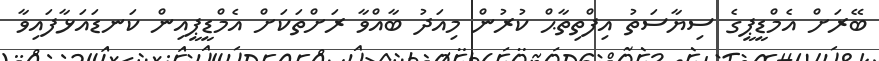
ބޭރަށްް އެމްޑީޕީގެ ސިޔާސަތު އިފްތިތާޙް ކުރުން މިއަދު ބާއްވާ ރަށްތަކަށް އެމްޑީޕީއިން ކަނޑައަޅާފައިވާ